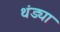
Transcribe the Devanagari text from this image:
थंड्या